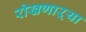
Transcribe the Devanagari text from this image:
रोखणाऱ्या